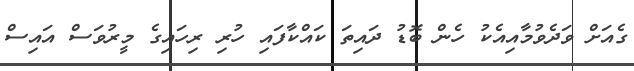
ގެއަށް ވަދެވުމާއިއެކު ހެން ބޮޑު ދައިތަ ކައްކާފައި ހުރި ރިހައިގެ މީރުވަސް އައިސް